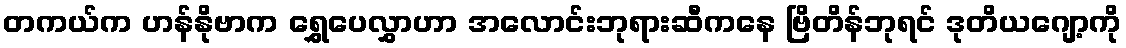
တကယ်က ဟန်နိုဗာက ရွှေပေလွှာဟာ အလောင်းဘုရားဆီကနေ ဗြိတိန်ဘုရင် ဒုတိယဂျော့ကို